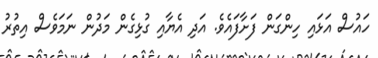
ހައުސް އަޅައި ހިންގަން ފަށާފައެވެ. އަދި އެޔާއި ގުޅިގެން މަދުން ނަމަވެސް އިތުރު